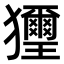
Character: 𤣔